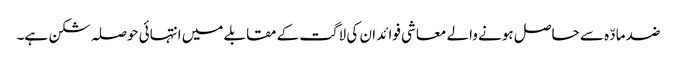
ضد مادّہ سے حاصل ہونے والے معاشی فوائد ان کی لاگت کے مقابلے میں انتہائی حوصلہ شکن ہے۔